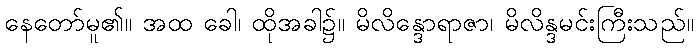
နေတော်မူ၏။ အထ ခေါ၊ ထိုအခါ၌။ မိလိန္ဒောရာဇာ၊ မိလိန္ဒမင်းကြီးသည်။